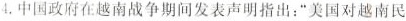
4.中国政府在越南战争期间发表声明指出：”美国对越南民